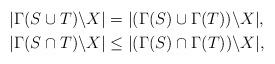
LaTeX: \begin{align*}| \Gamma(S \cup T) \backslash X| &= |( \Gamma(S) \cup \Gamma(T) ) \backslash X |, \\| \Gamma(S \cap T) \backslash X| &\leq |( \Gamma(S) \cap \Gamma(T) ) \backslash X |, \end{align*}